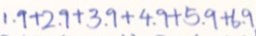
1 . 9 + 2 . 9 + 3 . 9 + 4 . 9 + 5 . 9 + 6 . 9